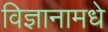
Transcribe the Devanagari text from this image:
विज्ञानामधे